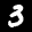
Label: 3